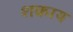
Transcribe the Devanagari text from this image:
शकाय